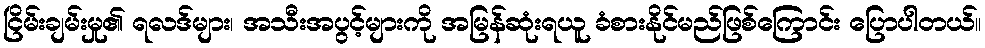
ငြိမ်းချမ်းမှု၏ ရလဒ်များ၊ အသီးအပွင့်များကို အမြန်ဆုံးရယူ ခံစားနိုင်မည်ဖြစ်ကြောင်း ပြောပါတယ်။